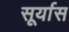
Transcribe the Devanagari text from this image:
सूर्यास